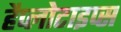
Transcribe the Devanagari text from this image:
हैप्लोटाइप्स